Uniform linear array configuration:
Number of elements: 24
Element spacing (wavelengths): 0.75
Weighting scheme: exponential
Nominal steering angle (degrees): -45
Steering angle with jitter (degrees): -44.203
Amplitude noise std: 0.05
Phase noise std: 0.05

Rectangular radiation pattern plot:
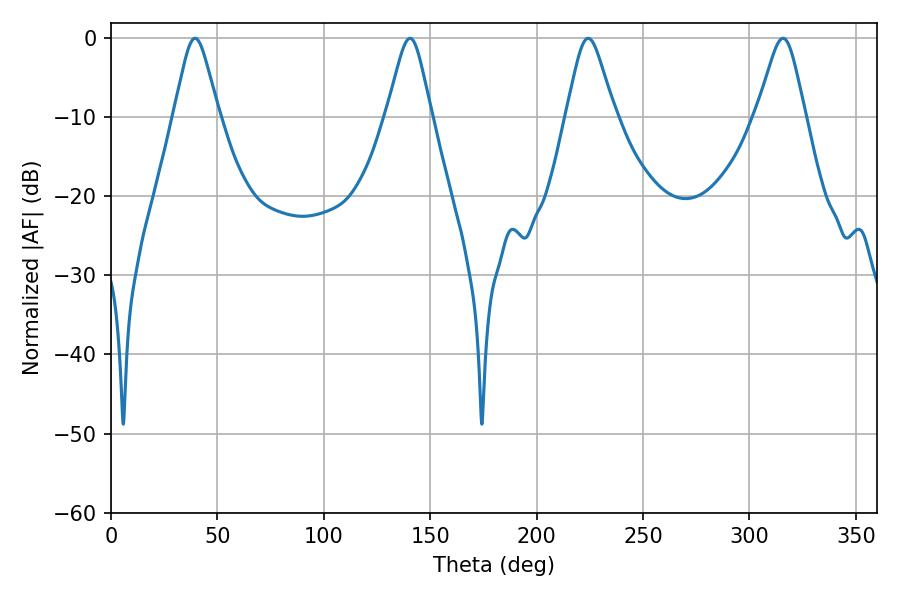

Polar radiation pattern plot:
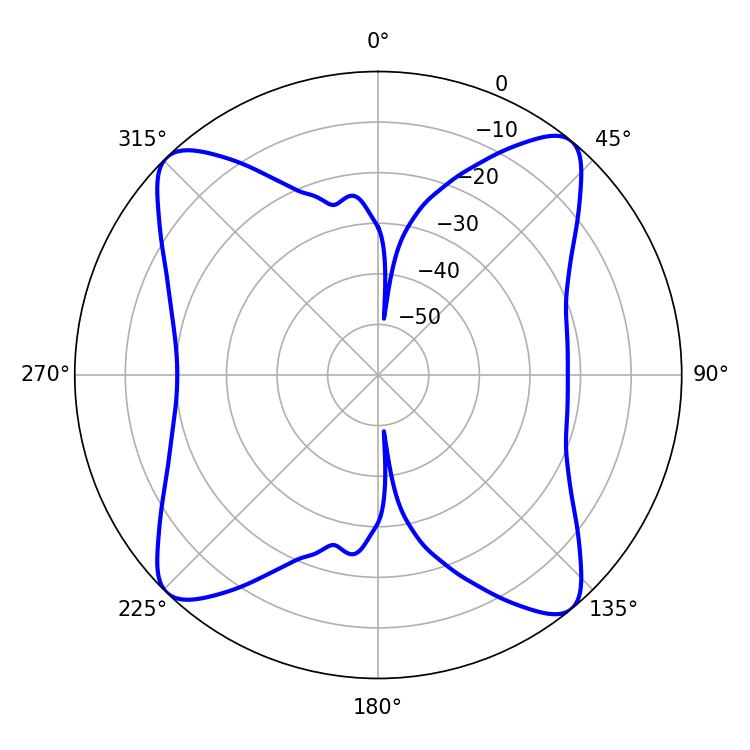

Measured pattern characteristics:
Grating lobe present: TRUE
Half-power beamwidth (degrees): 10.98
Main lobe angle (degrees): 224.28